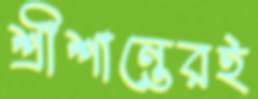
শ্রীশান্তেরই